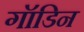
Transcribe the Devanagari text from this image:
गॉडिन